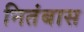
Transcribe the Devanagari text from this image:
नितंबास